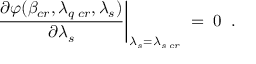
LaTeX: \left. \frac { \partial \varphi ( \beta _ { c r } , \lambda _ { q \; c r } , \lambda _ { s } ) } { \partial \lambda _ { s } } \right| _ { \lambda _ { s } = \lambda _ { s \; c r } } \; = \; 0 \; \; .